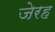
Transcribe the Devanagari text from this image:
जेरह